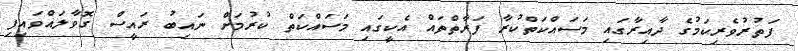
ފަތުރުވެރިކަމުގެ ދާއިރާގައި މަސައްކަތްކުރާ ފަރާތްތައް އެކީގައި މަސައްކަތް ކުރުމަށް ނައިބު ރައީސް ގޮވާލައްވައިފި